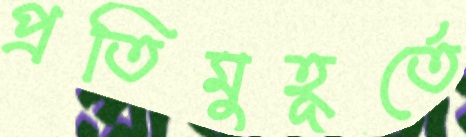
প্রতিমুহূর্তে